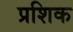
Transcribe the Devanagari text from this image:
प्रशिक